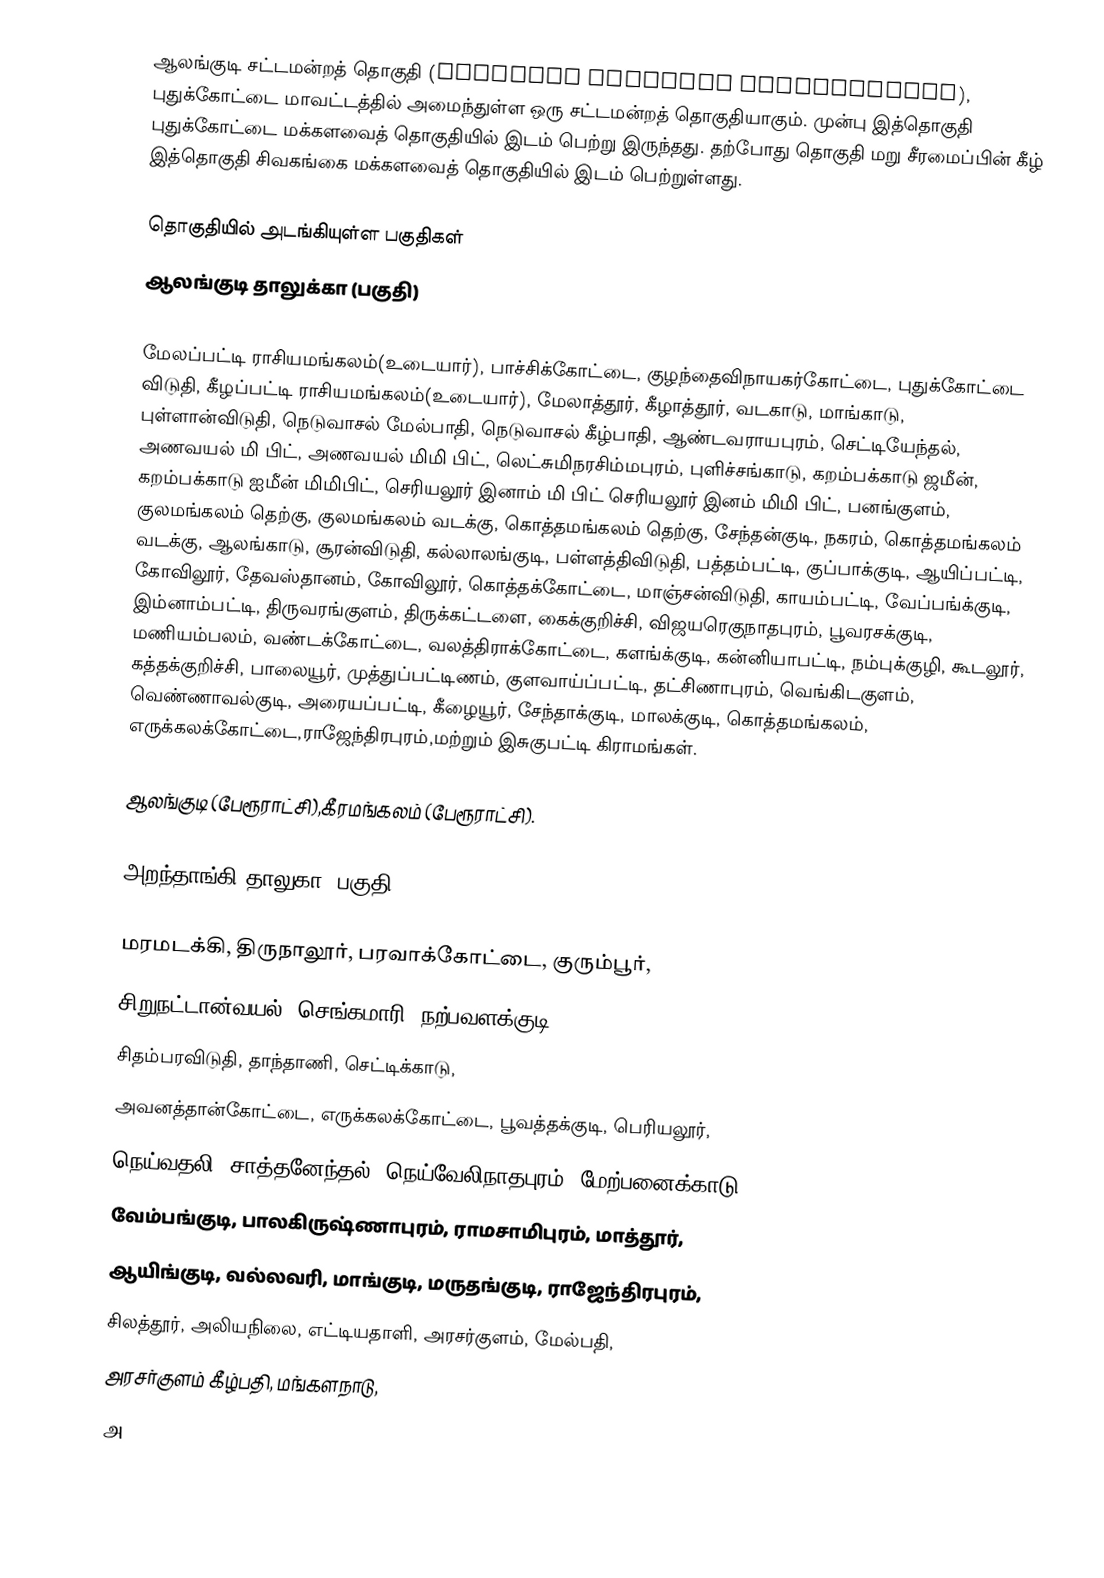
ஆலங்குடி சட்டமன்றத் தொகுதி (Alangudi Assembly constituency), புதுக்கோட்டை மாவட்டத்தில்  அமைந்துள்ள ஒரு சட்டமன்றத் தொகுதியாகும். முன்பு இத்தொகுதி புதுக்கோட்டை மக்களவைத் தொகுதியில் இடம் பெற்று இருந்தது. தற்போது தொகுதி மறு சீரமைப்பின் கீழ் இத்தொகுதி சிவகங்கை மக்களவைத் தொகுதியில் இடம் பெற்றுள்ளது.

தொகுதியில் அடங்கியுள்ள பகுதிகள்
ஆலங்குடி தாலுக்கா (பகுதி)

மேலப்பட்டி ராசியமங்கலம்(உடையார்), பாச்சிக்கோட்டை, குழந்தைவிநாயகர்கோட்டை, புதுக்கோட்டை விடுதி, கீழப்பட்டி ராசியமங்கலம்(உடையார்), மேலாத்தூர், கீழாத்தூர், வடகாடு, மாங்காடு, புள்ளான்விடுதி, நெடுவாசல் மேல்பாதி, நெடுவாசல் கீழ்பாதி, ஆண்டவராயபுரம், செட்டியேந்தல், அணவயல் மி பிட், அணவயல் மிமி பிட், லெட்சுமிநரசிம்மபுரம், புளிச்சங்காடு, கறம்பக்காடு ஜமீன், கறம்பக்காடு ஐமீன் மிமிபிட், செரியலூர் இனாம் மி பிட் செரியலூர் இனம் மிமி பிட், பனங்குளம், குலமங்கலம் தெற்கு, குலமங்கலம் வடக்கு, கொத்தமங்கலம் தெற்கு, சேந்தன்குடி, நகரம், கொத்தமங்கலம் வடக்கு, ஆலங்காடு, சூரன்விடுதி, கல்லாலங்குடி, பள்ளத்திவிடுதி, பத்தம்பட்டி, குப்பாக்குடி, ஆயிப்பட்டி, கோவிலூர், தேவஸ்தானம், கோவிலூர், கொத்தக்கோட்டை, மாஞ்சன்விடுதி, காயம்பட்டி, வேப்பங்க்குடி, இம்னாம்பட்டி, திருவரங்குளம், திருக்கட்டளை, கைக்குறிச்சி, விஜயரெகுநாதபுரம், பூவரசக்குடி, மணியம்பலம், வண்டக்கோட்டை, வலத்திராக்கோட்டை, களங்க்குடி, கன்னியாபட்டி, நம்புக்குழி, கூடலூர், கத்தக்குறிச்சி, பாலையூர், முத்துப்பட்டிணம், குளவாய்ப்பட்டி, தட்சிணாபுரம், வெங்கிடகுளம், வெண்ணாவல்குடி, அரையப்பட்டி, கீழையூர், சேந்தாக்குடி, மாலக்குடி, கொத்தமங்கலம், எருக்கலக்கோட்டை,ராஜேந்திரபுரம்,மற்றும் இசுகுபட்டி கிராமங்கள்.

ஆலங்குடி (பேரூராட்சி),கீரமங்கலம் (பேரூராட்சி).

அறந்தாங்கி தாலுகா (பகுதி)

மரமடக்கி, திருநாலூர், பரவாக்கோட்டை, குரும்பூர்,
சிறுநட்டான்வயல், செங்கமாரி, நற்பவளக்குடி,
சிதம்பரவிடுதி, தாந்தாணி, செட்டிக்காடு,
அவனத்தான்கோட்டை, எருக்கலக்கோட்டை, பூவத்தக்குடி, பெரியலூர்,
நெய்வதலி, சாத்தனேந்தல், நெய்வேலிநாதபுரம், மேற்பனைக்காடு,
வேம்பங்குடி, பாலகிருஷ்ணாபுரம், ராமசாமிபுரம், மாத்தூர்,
ஆயிங்குடி, வல்லவரி, மாங்குடி, மருதங்குடி, ராஜேந்திரபுரம்,
சிலத்தூர், அலியநிலை, எட்டியதாளி, அரசர்குளம், மேல்பதி,
அரசர்குளம் கீழ்பதி, மங்களநாடு,
அ